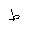
Letter: _da